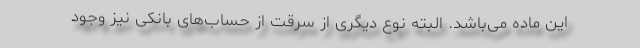
این ماده می‌باشد. البته نوع دیگری از سرقت از حساب‌های بانکی نیز وجود